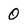
Character: 0